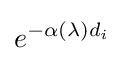
e^{-\alpha (\lambda )d_{i}}